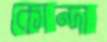
কোন্দা